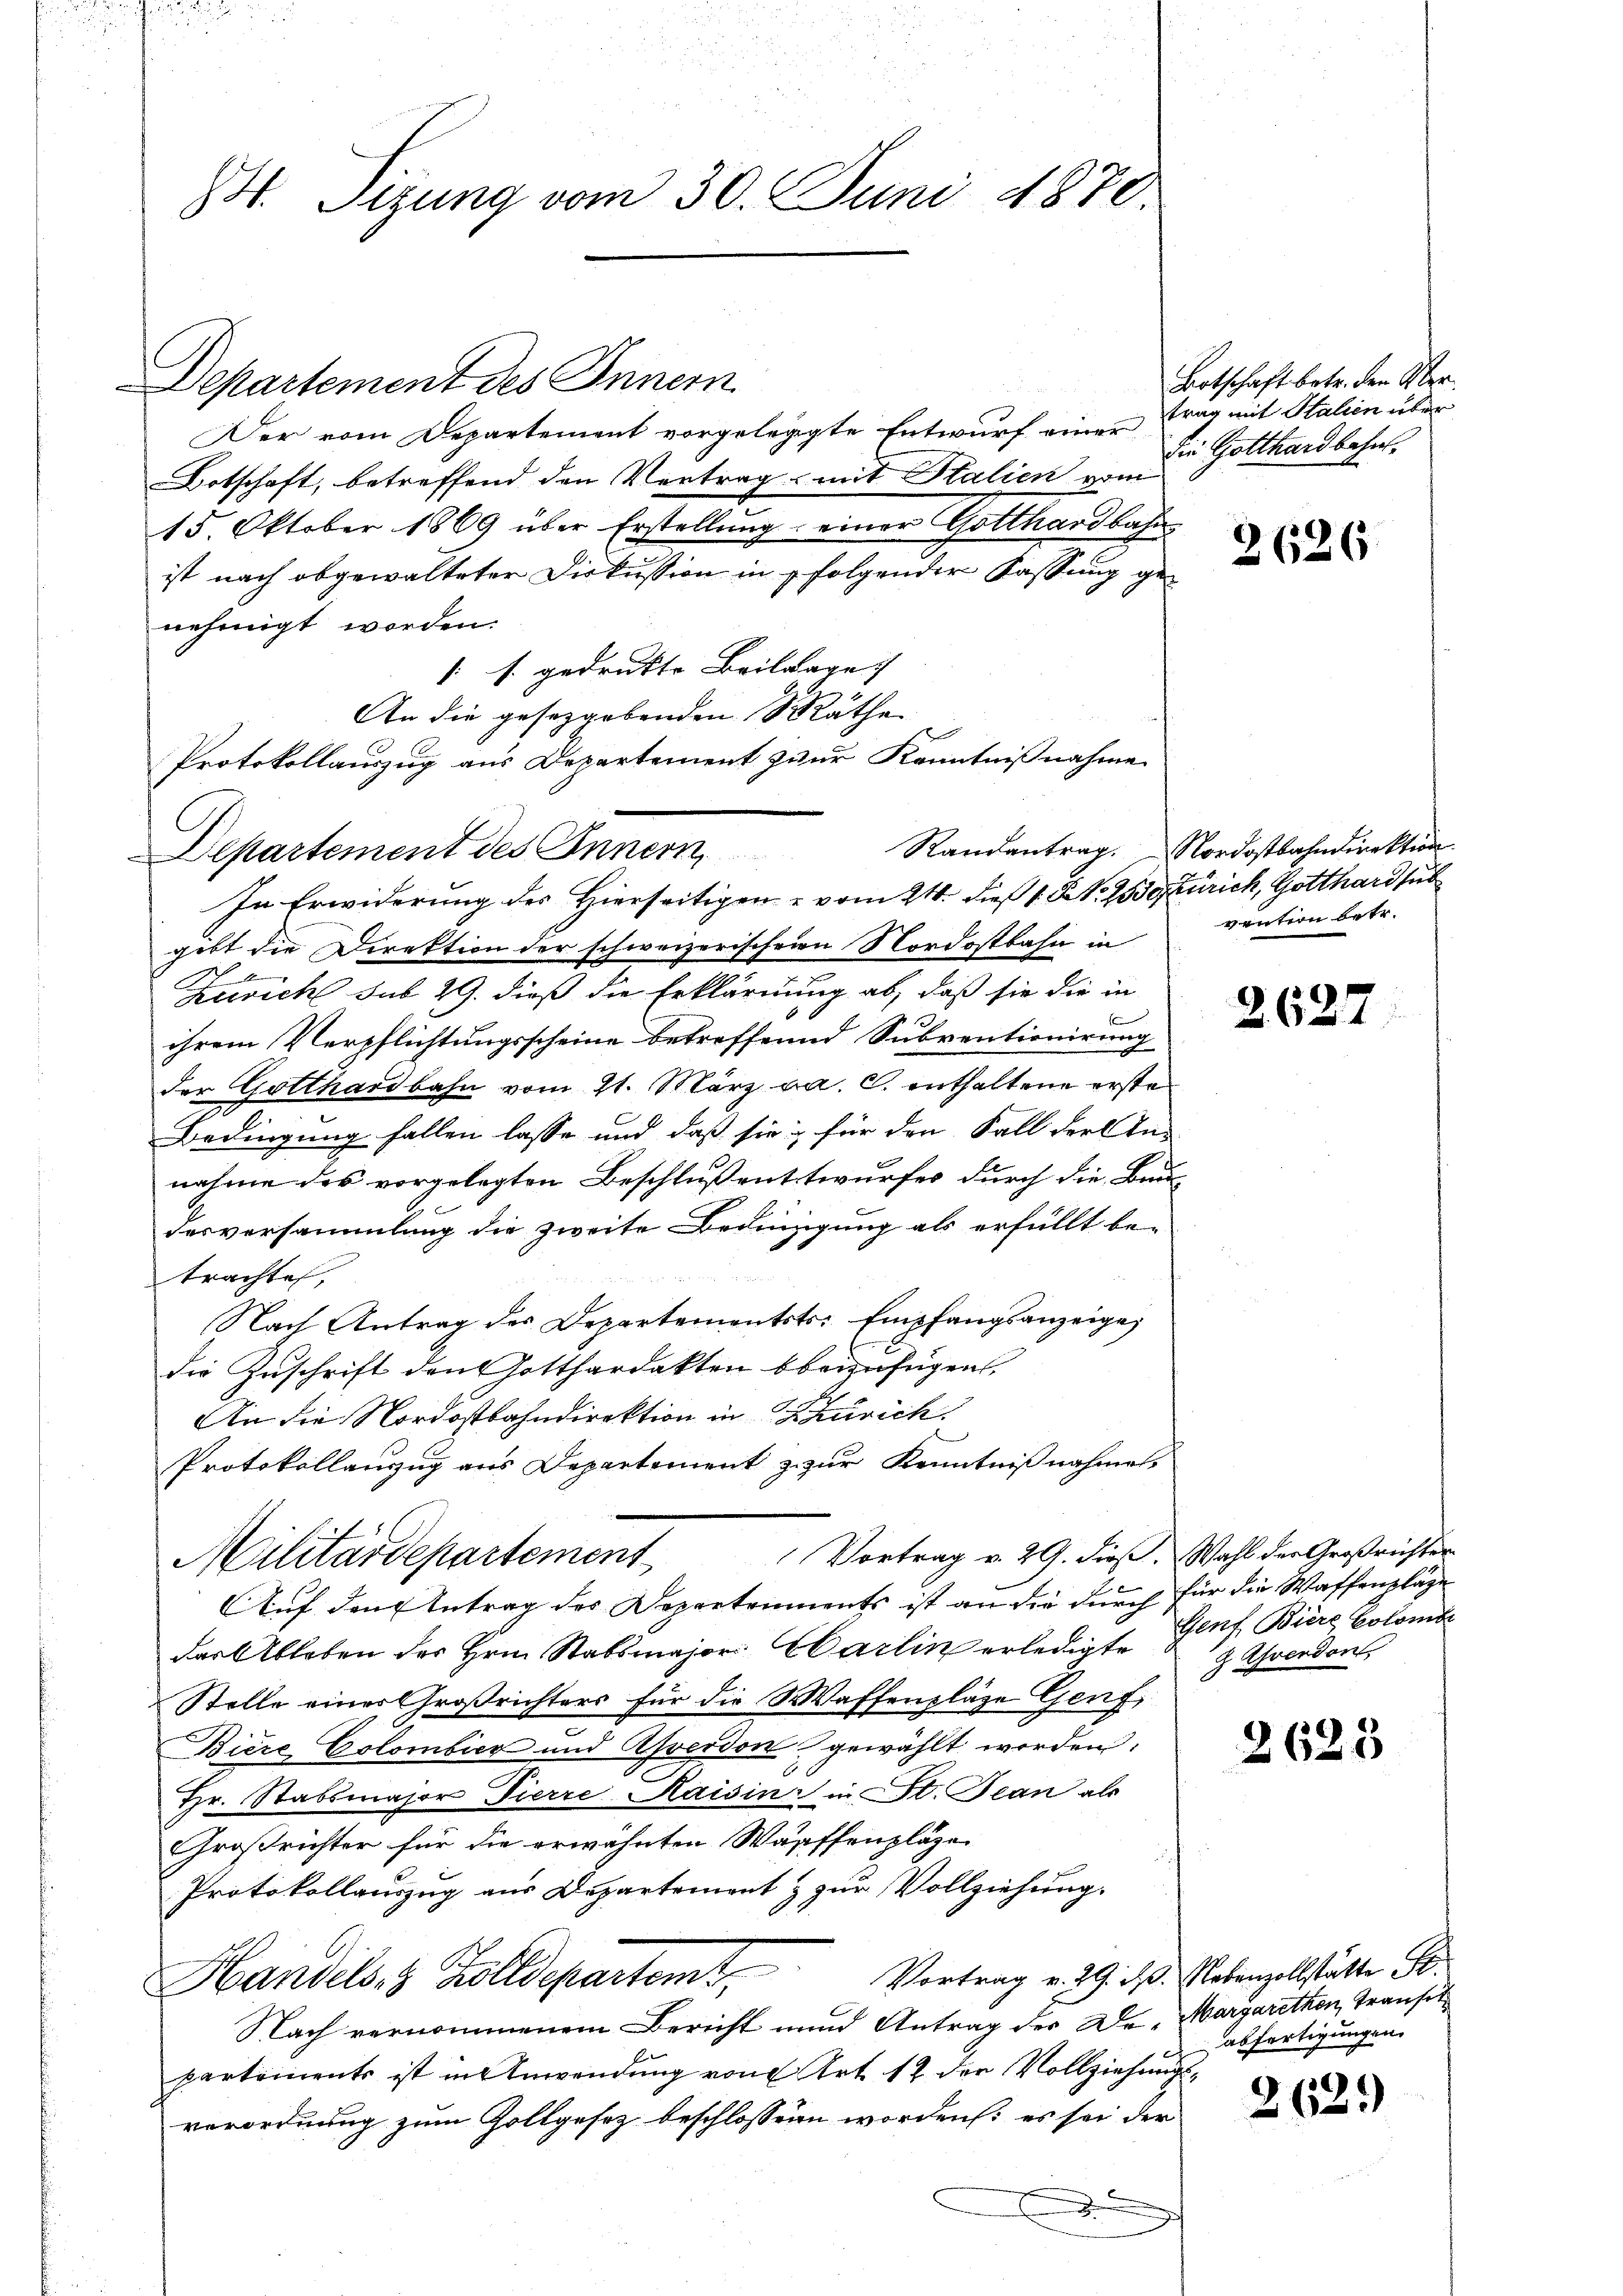
4. Sizung vom 30. Juni 1870.

Departement des Inner
Der vom Departement vorgelegte Entwurf einer
Botschaft, betreffend den Vertrag mit Italien vom
15. Oktober 1869 über Erstellung einer Gotthardbahn
ist nach abgewalteter Diskussion in folgender Kassung genehmigt worden.
[ s. gedrukte Beilage. |
An die gesetzgebenden Räthe
In Erwiderung des Hierseitigen u vom 21. dieß 1 S. 2550 Zürich, Gotthard sub
gibt die Direktion der schweizerischein Nordostbahn in
Zürich sub 29. dieß die Erklärung ab, daß sie die in
ihrem Verpflichtungsscheine betreffend Subventionirung
der Gotthardbahn vom 21. März a. c. enthaltene erste
Bedingung fallen lasse und daß sie für den Fall der An-
nahme des vorgelegten Beschlußenttwurfes durch die Bau
desversammlung die zweite Bedingung als erfüllt be-
trachte,
Nach Antrag des Departementsts: Empfangsanzeige,
die Zuschrift den Gotthardakten beizufügen,
An die Nordostbahndirektion in Szurich.
Protokollanzug aus Departement z. zur Kenntnißnahmen.
Vortrag v. 29. Fies. Wahl der Großrichter
Militärdepartement
e
Auf den Antrag des Departements ist an die durch für die Waffenpläge
der Ableben des Hrn. Stabsmajor Carlin erledigte Genf Biere Colombe
Stelle einer Großrichters für die Waffentläge Genf,
Biere Colombier und Asverdon gewählt worden:
Hr. Stabsmajor Tierre Kaisin in St. Jean als
Großrichter für die erwähnten Waffenpläge
Protokollauszug aus Departement & zur Vollziehung.
Vortrag v. 29. p. Nebenzollstätte St.
Handels- & Zolldepartemt,
Nach vernommenem Bericht und Antrag der Dr. Margarethen, Transet
partements ist in Anwendung von Art. 12 der Vollziehungsverordnung zum Zollgesez beschlossenen worden: es sei der
d

Protokollauszug aus Departement zur Kenntnißnahme
Departement des Innern,

Botschaft betr. den Über
trag mit Halien über
Die Gotthardbahn.

2626

Randantrag. Nordostbahndirektion.
vention betr.

2627

g. Grenden

2623

abfertigungen.

263.